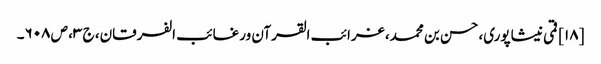
[۱۸] قمی نیشاپوری، حسن بن محمد، غرائب القرآن ورغائب الفرقان، ج ۳، ص ۶۰۸۔